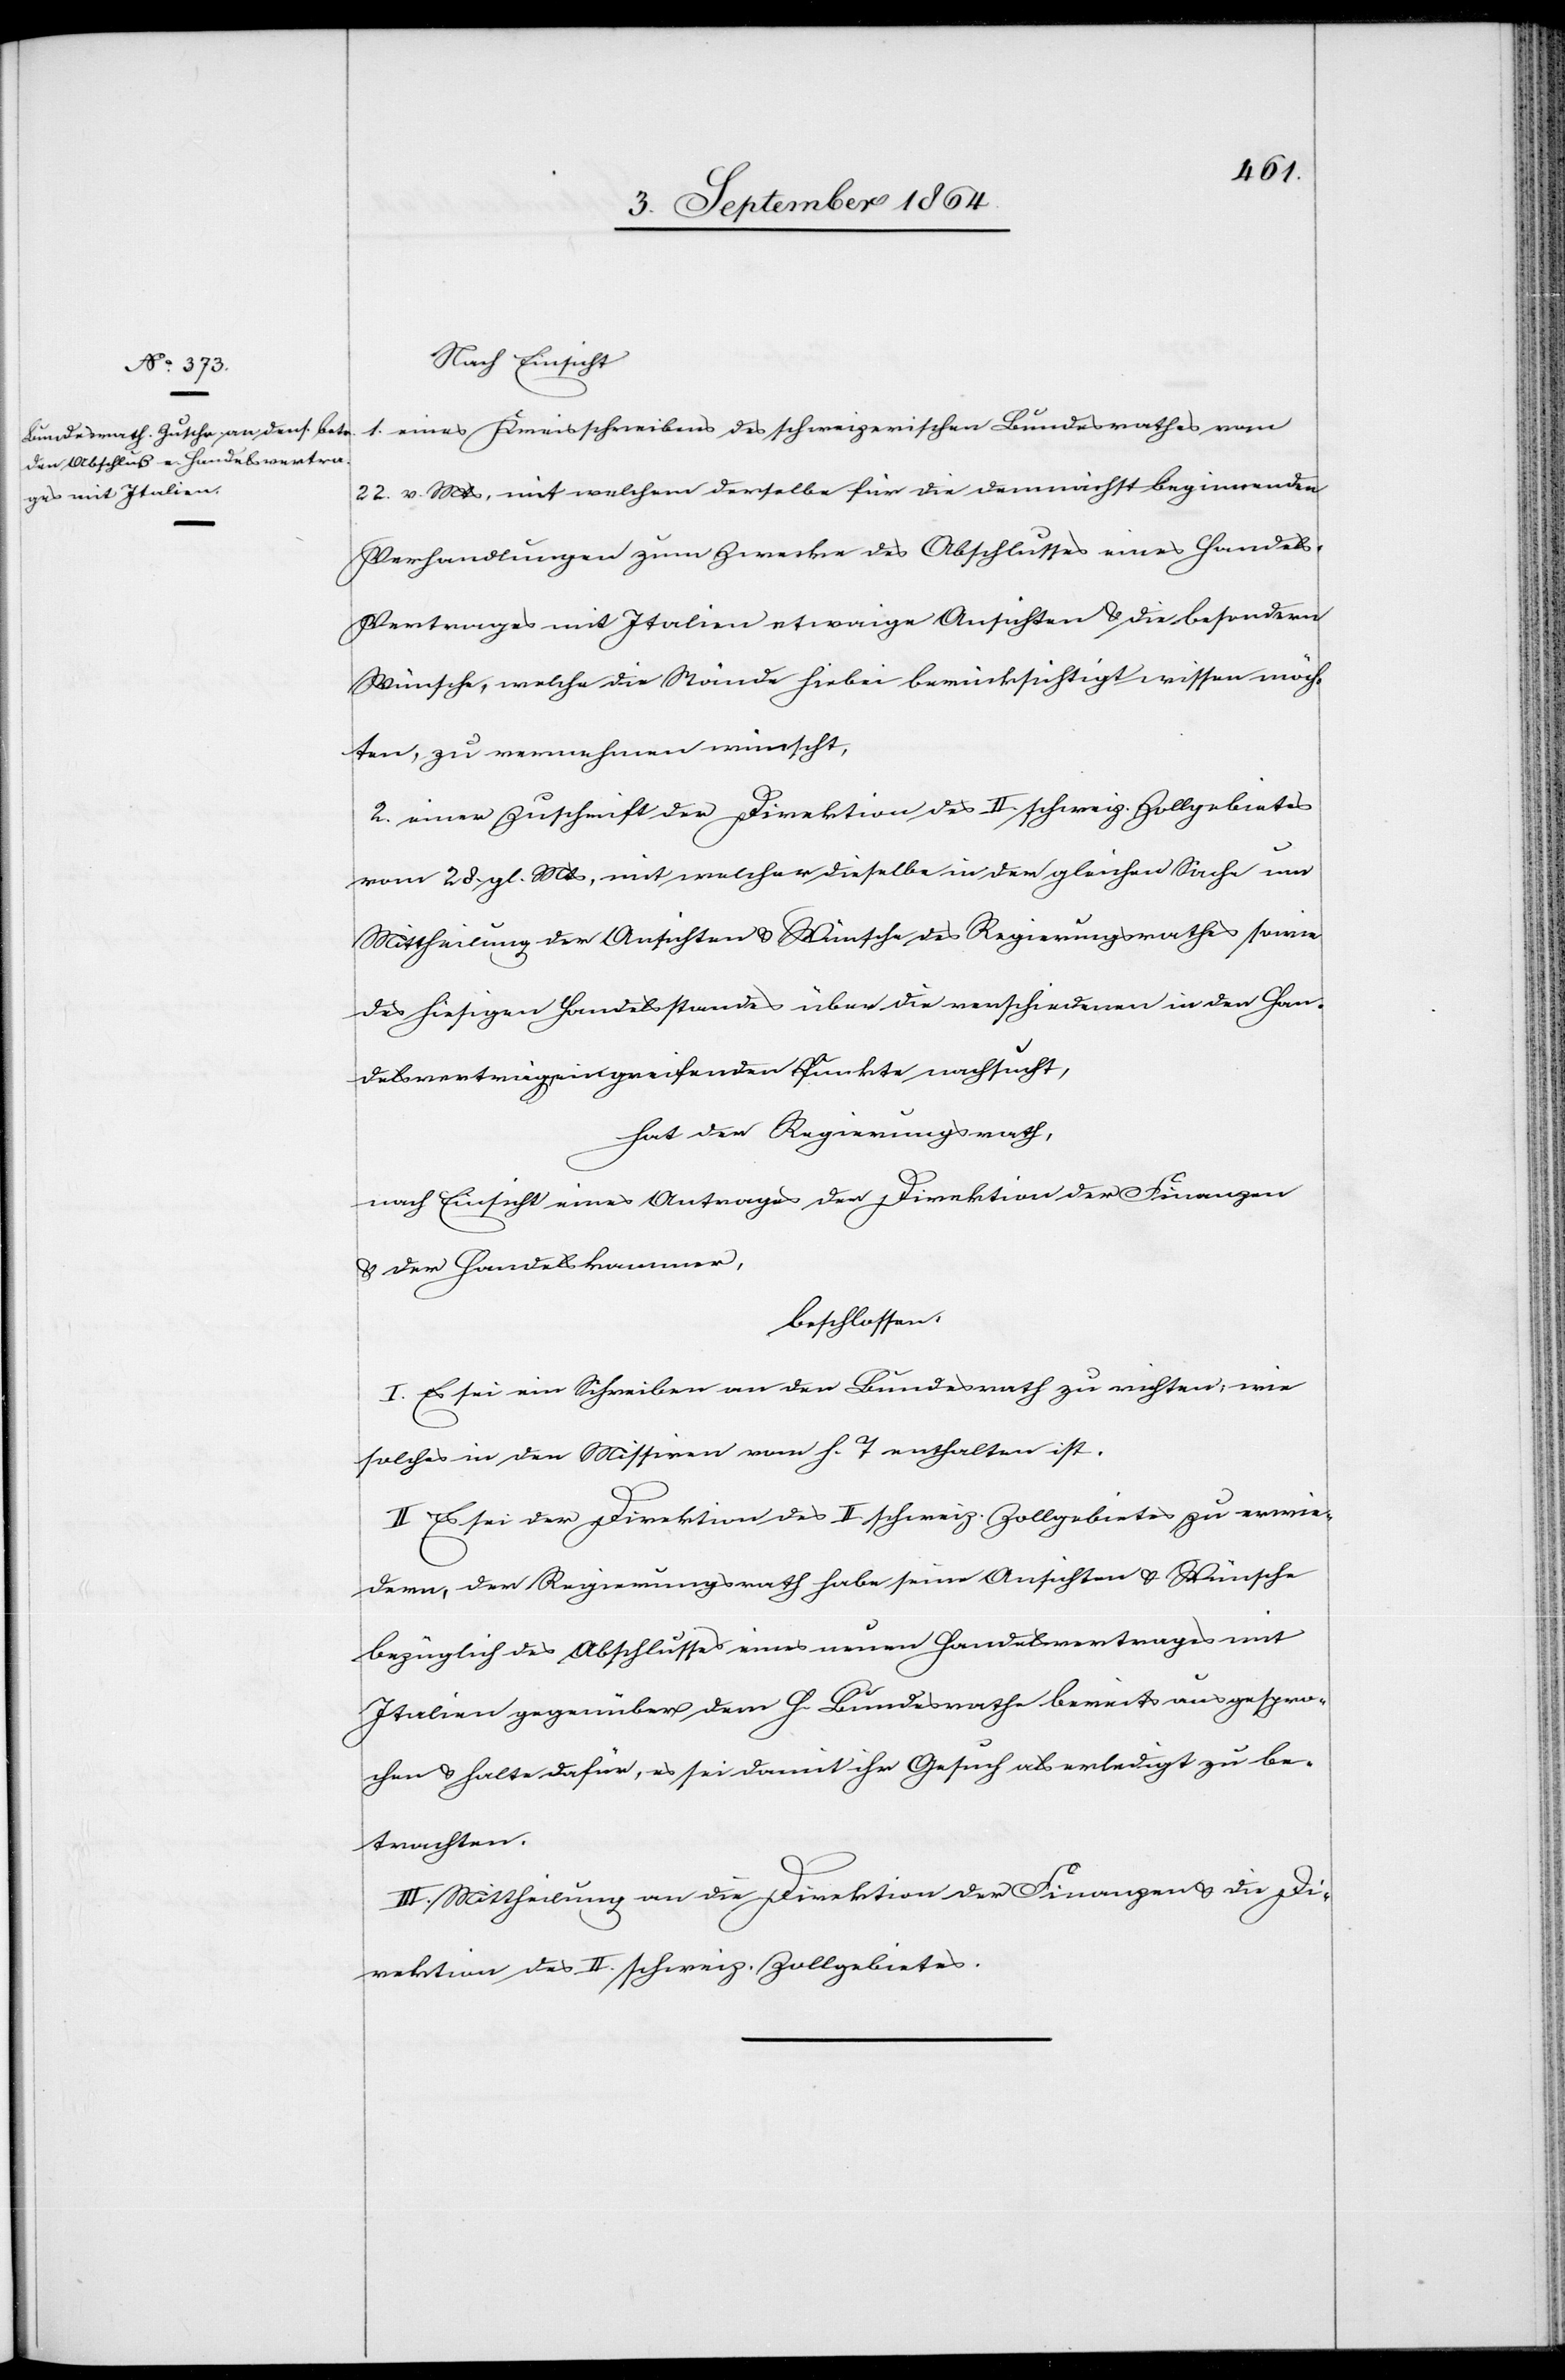
Nach Einsicht
1. eines Kreisschreibens des schweizerischen Bundesrathes vom
22. v. Mts, mit welchem derselbe für die demnächst beginnenden
Verhandlungen zum Zwecke des Abschlusses eines Handels-V¬
ertrages mit Italien etwaige Ansichten & die besondern
Wünsche, welche die Stände hiebei berücksichtigt wissen möch¬
ten, zu vernehmen wünscht,
2. einer Zuschrift der Direktion des II. schweiz. Zollgebietes
vom 28. gl. Mts, mit welcher dieselbe in der gleichen Sache um
Mittheilung der Ansichten & Wünsche des Regierungsrathes sowie
des hiesigen Handelsstandes über die verschiedenen in den Han¬
delsverträgen greifenden Punkte nachsucht,
hat der Regierungsrath,
nach Einsicht eines Antrages der Direktion der Finanzen
& der Handelskammer,
beschlossen:
I. Es sei ein Schreiben an den Bundesrath zu richten, wie
solches in den Missiven vom h. T. enthalten ist.
II. Es sei der Direktion des II. schweiz. Zollgebietes zu erwie¬
dern, der Regierungsrath habe seine Ansichten & Wünsche
bezüglich des Abschlusses eines neuen Handelsvertrages mit
Italien gegenüber dem h. Bundesrathe bereits ausgespro¬
chen & halte dafür, es sei damit ihr Gesuch als erledigt zu be¬
trachten.
III. Mittheilung an die Direktion der Finanzen & die Di¬
rektion des II. schweiz. Zollgebietes.